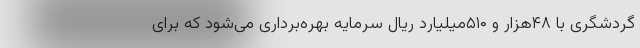
گردشگری با ۴۸هزار و ۵۱۰میلیارد ریال سرمایه بهره‌برداری می‌شود که برای